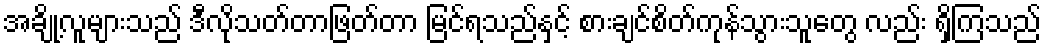
အချို့လူများသည် ဒီလိုသတ်တာဖြတ်တာ မြင်ရသည်နှင့် စားချင်စိတ်ကုန်သွားသူတွေ လည်း ရှိကြသည်